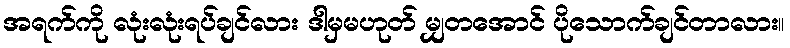
အရက်ကို လုံးလုံးရပ်ချင်လား ဒါမှမဟုတ် မျှတအောင် ပိုသောက်ချင်တာလား။